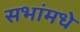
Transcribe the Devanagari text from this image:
सभांमधे